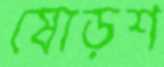
ষোড়শ